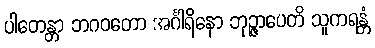
ပါတေန္တာ ဘဂဝတော အင်္ဂါရိနော ဘုဉ္ဇာပေတိ သူကရန္တံ